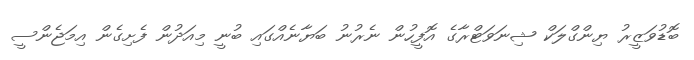
ބޮޑުވަޒީރު ޔިންގްލަކް ޝިނަވަޓްރާގެ އޮފީހުން ނެރުނު ބަޔާނެއްގައި ބުނީ މިއަދުން ފެށިިގެން އިމަޖެންސީ